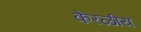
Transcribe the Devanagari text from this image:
केरळीय